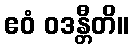
ဧဝံ ဝဒန္တီတိ။